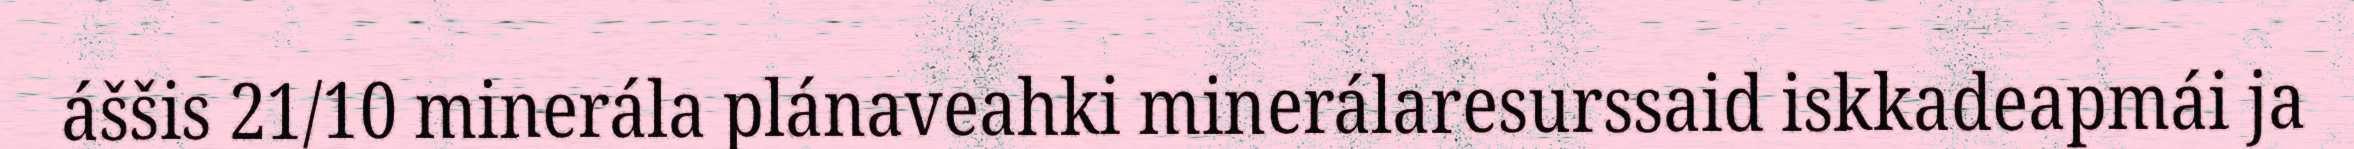
áššis 21/10 minerála plánaveahki minerálaresurssaid iskkadeapmái ja